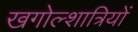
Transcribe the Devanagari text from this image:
खगोल्शात्रियों